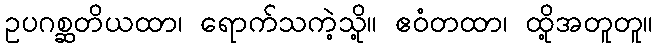
ဥပဂစ္ဆတိယထာ၊ ရောက်သကဲ့သို့။ ဧဝံတထာ၊ ထို့အတူတူ။